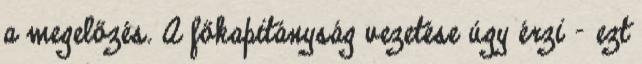
a megelőzés. A főkapitányság vezetése úgy érzi - ezt